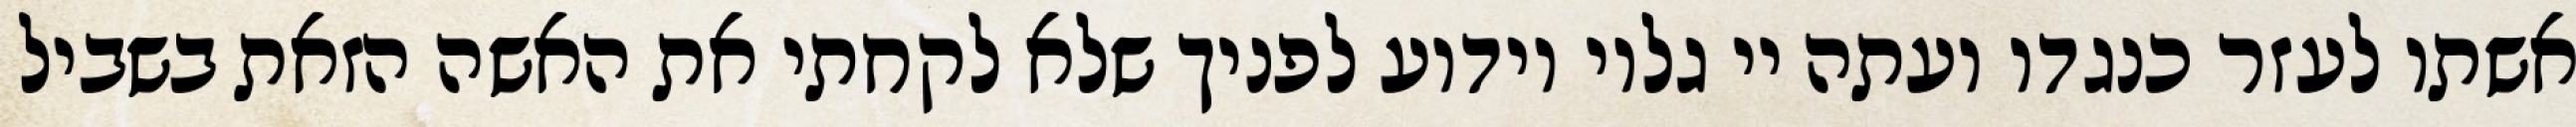
אשתו לעזר כנגדו ועתה יי גלוי וידוע לפניך שלא לקחתי את האשה הזאת בשביל